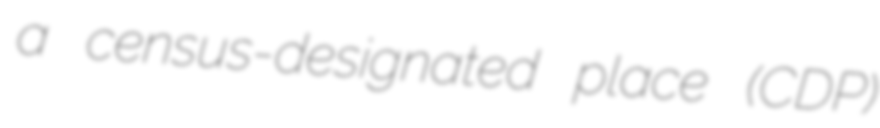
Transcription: a census-designated place (CDP)